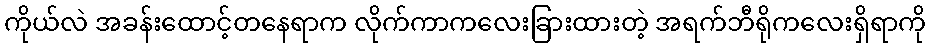
ကိုယ်လဲ အခန်းထောင့်တနေရာက လိုက်ကာကလေးခြားထားတဲ့ အရက်ဘီရိုကလေးရှိရာကို